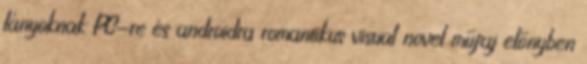
lányoknak PC-re és androidra romantikus visual novel műfaj előnyben